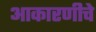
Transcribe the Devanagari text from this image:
आकारणीचे